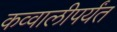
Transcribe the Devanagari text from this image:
कव्वालीपर्यंत